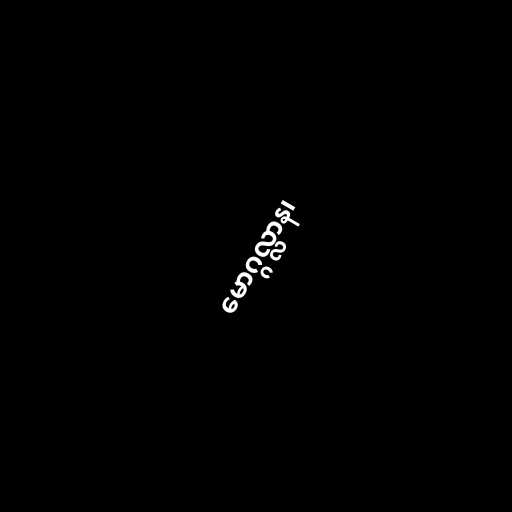
မောဂ္ဂလ္လာန၊